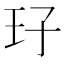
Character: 㺭